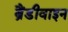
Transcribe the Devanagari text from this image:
ब्रैंडीवाइन